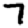
Digit: 7